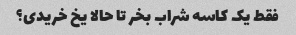
فقط یک کاسه شراب بخر تا حالا یخ خریدی؟